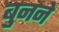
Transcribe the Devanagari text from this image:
बुुनने